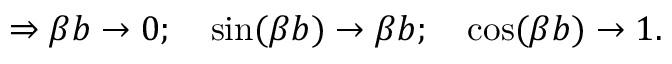
\Rightarrow \beta b \to 0 ; \quad \sin ( \beta b ) \to \beta b ; \quad \cos ( \beta b ) \to 1 .